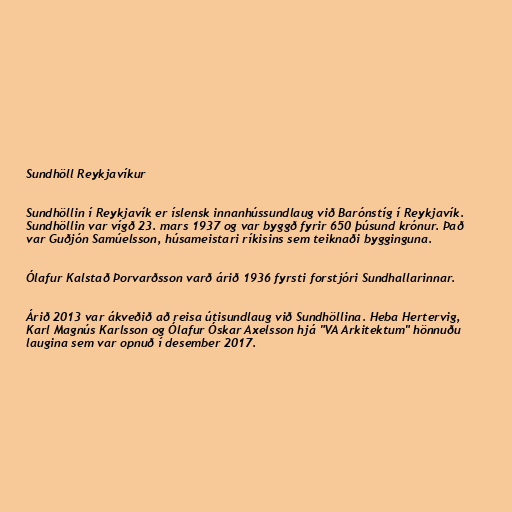
Sundhöll Reykjavíkur

Sundhöllin í Reykjavík er íslensk innanhússundlaug við Barónstíg í Reykjavík.
Sundhöllin var vígð 23. mars 1937 og var byggð fyrir 650 þúsund krónur. Það
var Guðjón Samúelsson, húsameistari ríkisins sem teiknaði bygginguna.

Ólafur Kalstað Þorvarðsson varð árið 1936 fyrsti forstjóri Sundhallarinnar.

Árið 2013 var ákveðið að reisa útisundlaug við Sundhöllina. Heba Hert­ervig,
Karl Magnús Karls­son og Ólaf­ur Óskar Ax­els­son hjá "VA Arki­tekt­um" hönnuðu
laugina sem var opnuð í desember 2017.